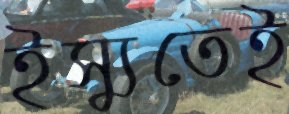
ইস্যুতেই